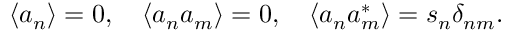
\begin{array} { r } { \langle a _ { n } \rangle = 0 , \quad \langle a _ { n } a _ { m } \rangle = 0 , \quad \langle a _ { n } a _ { m } ^ { * } \rangle = s _ { n } \delta _ { n m } . } \end{array}